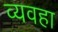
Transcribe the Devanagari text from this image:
व्यवहा